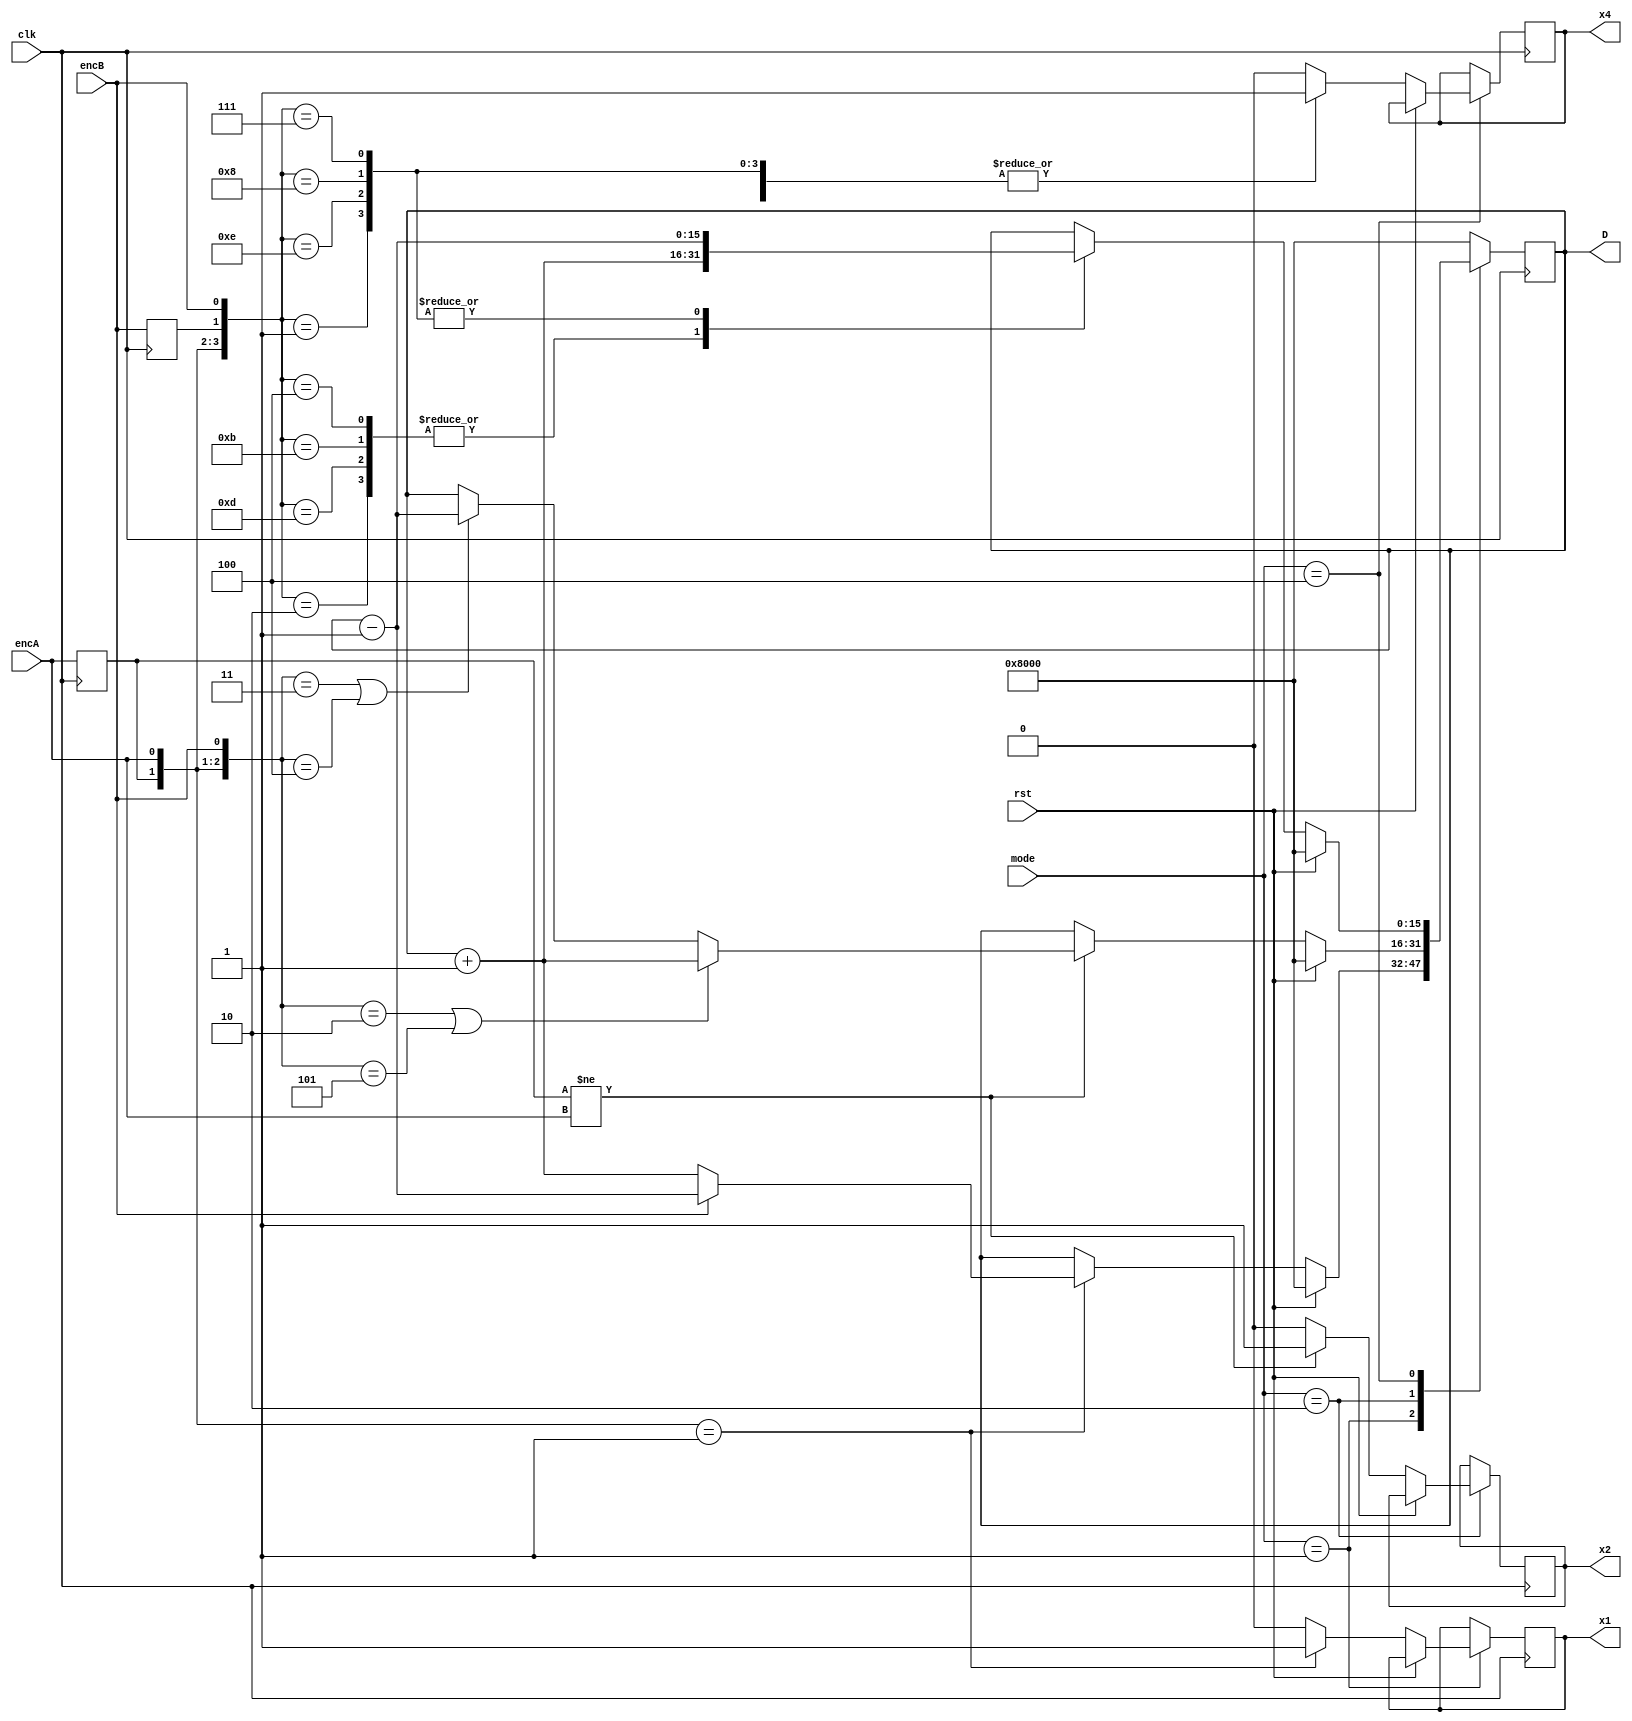
module Bai_1 (clk, encA, encB, rst, mode, D, x1, x2, x4);
input clk, encA, encB, rst;
input [2:0] mode;
output x1, x2, x4;
output reg [15:0] D=16'h8000;
reg pre_encA=0, pre_encB=0, x1, x2, x4;
always @(posedge clk)
begin
pre_encA <= encA;
pre_encB <= encB;
case (mode)
	1: 
	begin
		if(rst == 1)
			D = 16'h8000;
		else if({pre_encA, encA} == 2'b01)
		begin
			x1 = 1;
			begin 
				if(encB == 0)
					D = D + 1;
				else
					D = D - 1;
			end
		end
		else 
			x1 = 0;
	end
	2:
	begin
		if(rst == 1)
			D = 16'h8000;
		else if(pre_encA != encA)
		begin
			x2 = 1;
			begin
				if({pre_encA, encA, encB} == 3'b010 || {pre_encA, encA, encB} == 3'b101)
					D = D + 1;
				else if({pre_encA, encA, encB} == 3'b011 || {pre_encA, encA, encB} == 3'b100)
					D = D - 1;
			end
		end
		else
			x2 = 0;
	end
	4:
	begin
		if(rst == 1)
			D = 16'h8000;
		else
			case ({pre_encA, encA, pre_encB, encB})
				4'b0100, 4'b1011, 4'b1101, 4'b0010: 
					begin
						D = D + 1;
						x4 = 1;
					end
				4'b0111, 4'b1000, 4'b1110, 4'b0001: 
					begin
						D = D - 1;
						x4 = 1;
					end
				default: x4 = 0;
			endcase
	end
	default: D = 16'h8000;
endcase
end
endmodule